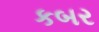
કબર